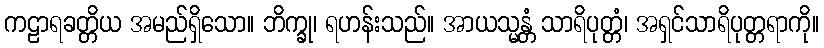
ကဠာရခတ္တိယ အမည်ရှိသော။ ဘိက္ခု၊ ရဟန်းသည်။ အာယသ္မန္တံ သာရိပုတ္တံ၊ အရှင်သာရိပုတ္တရာကို။